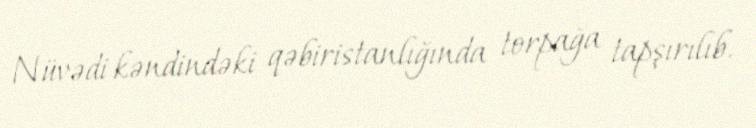
Nüvədi kəndindəki qəbiristanlığında torpağa tapşırılıb.